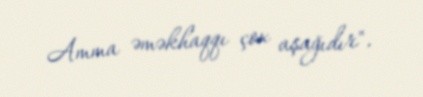
Amma əməkhaqqı çox aşağıdır".